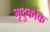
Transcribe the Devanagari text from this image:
मृदुकोक